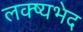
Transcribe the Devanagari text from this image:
लक्ष्यभेद